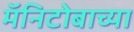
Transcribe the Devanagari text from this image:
मॅनिटोबाच्या